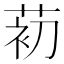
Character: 𰱗